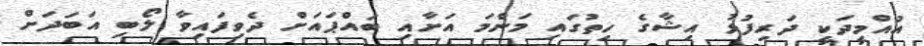
އުއްމީދަކީ ދަރިފުޅު އިޝާގެ ހިތުގައި މަންމަ އަށާއި ބައްޕައަށް ދެވިފައިވާ ލޯބި އަބަދަށް